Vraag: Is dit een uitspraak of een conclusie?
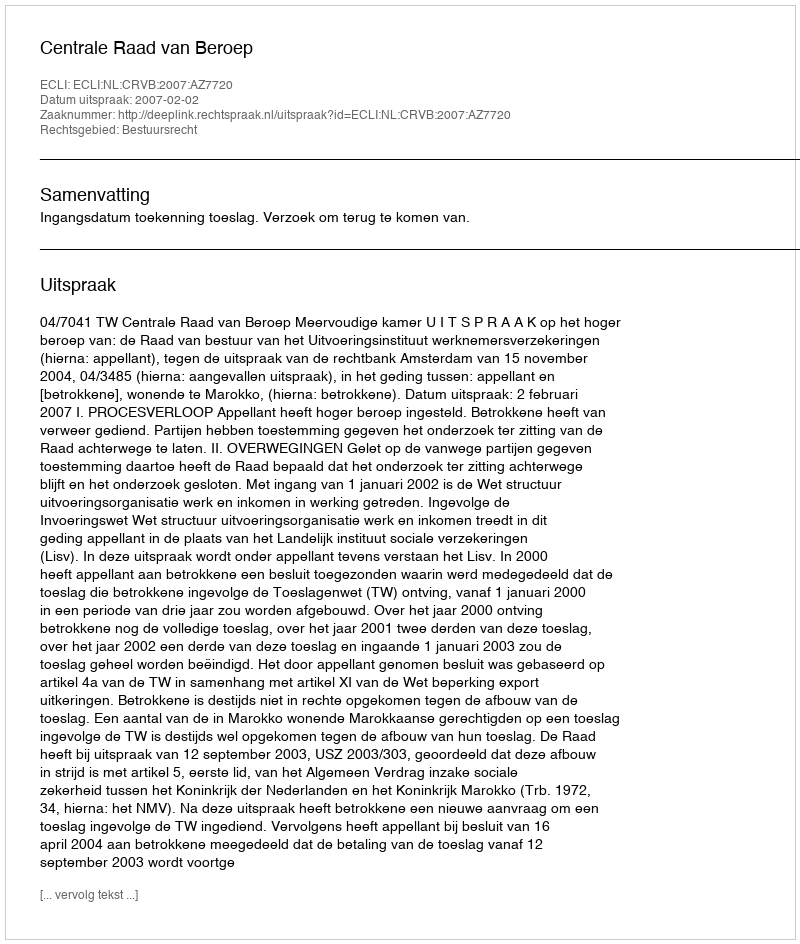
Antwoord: Uitspraak